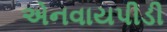
એનવાયપીડી